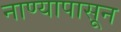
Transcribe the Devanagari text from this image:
नाण्यापासून